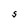
Character: S